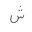
Letter: _shin